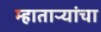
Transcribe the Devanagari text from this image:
म्हाताऱ्यांचा